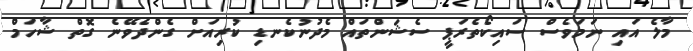
މާލެ އައި ނަމަވެސް ސައިކޯތެރަޕީ ސެޝަންތައް މެދުނުކެނޑި ކުރިއަށް ގެންދެވޭނެ ގޮތް ޝާހަމް